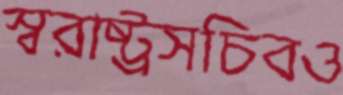
স্বরাষ্ট্রসচিবও